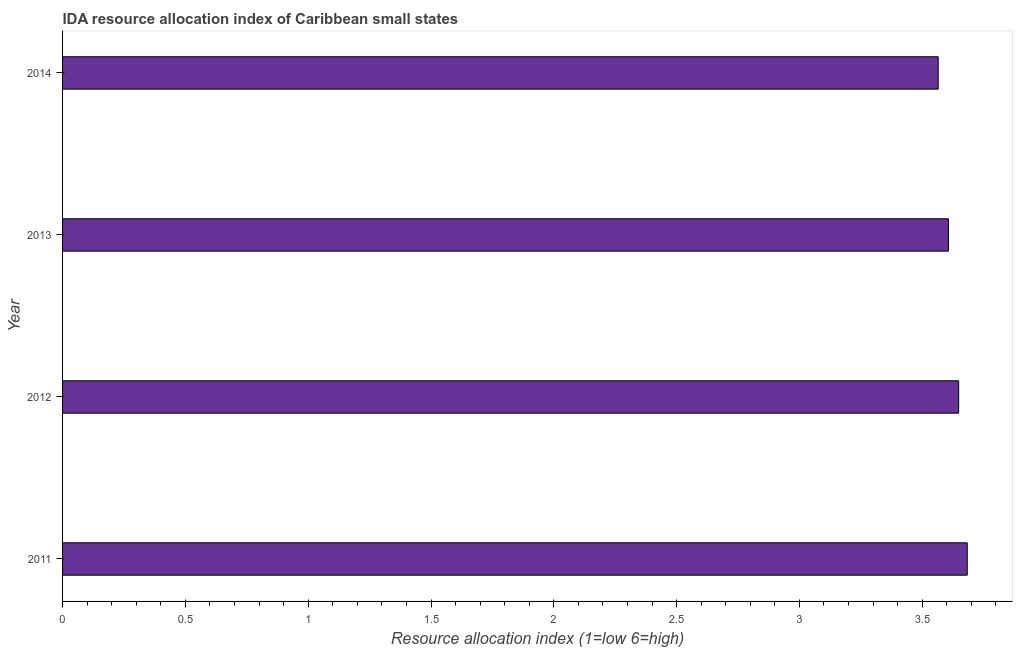
| Year | IDA resource allocation index |
 | --- | --- |
 | 2011 | 3.68 |
 | 2012 | 3.65 |
 | 2013 | 3.61 |
 | 2014 | 3.56 |